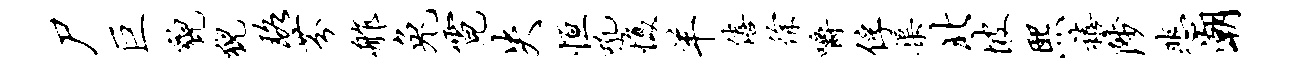
尸巨貌猊珞芬舴兔霓失恒吼愎羊僖徐嚼俘渠北坡熙禧陟悲潮